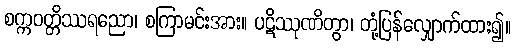
စက္ကဝတ္တိဿရညော၊ စကြာမင်းအား။ ပဋိဿုဏိတွာ၊ တုံ့ပြန်လျှောက်ထား၍။